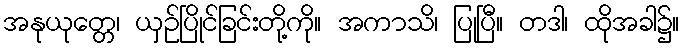
အနုယုတ္တေ၊ ယှဉ်ပြိုင်ခြင်းတို့ကို။ အကာသိ၊ ပြုပြီ။ တဒါ၊ ထိုအခါ၌။